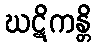
ဃဋိကန္တိ